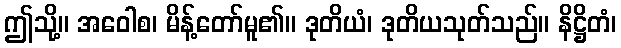
ဤသို့။ အဝေါစ၊ မိန့်တော်မူ၏။ ဒုတိယံ၊ ဒုတိယသုတ်သည်။ နိဋ္ဌိတံ၊